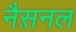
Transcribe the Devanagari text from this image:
नैस़नल